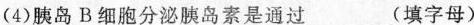
(4)胰岛B细胞分泌胰岛素是通过___(填字母)